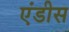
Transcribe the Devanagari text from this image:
एंडीस